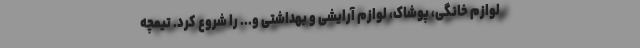
لوازم خانگی، پوشاک، لوازم آرایشی و بهداشتی و... را شروع کرد. تیمچه